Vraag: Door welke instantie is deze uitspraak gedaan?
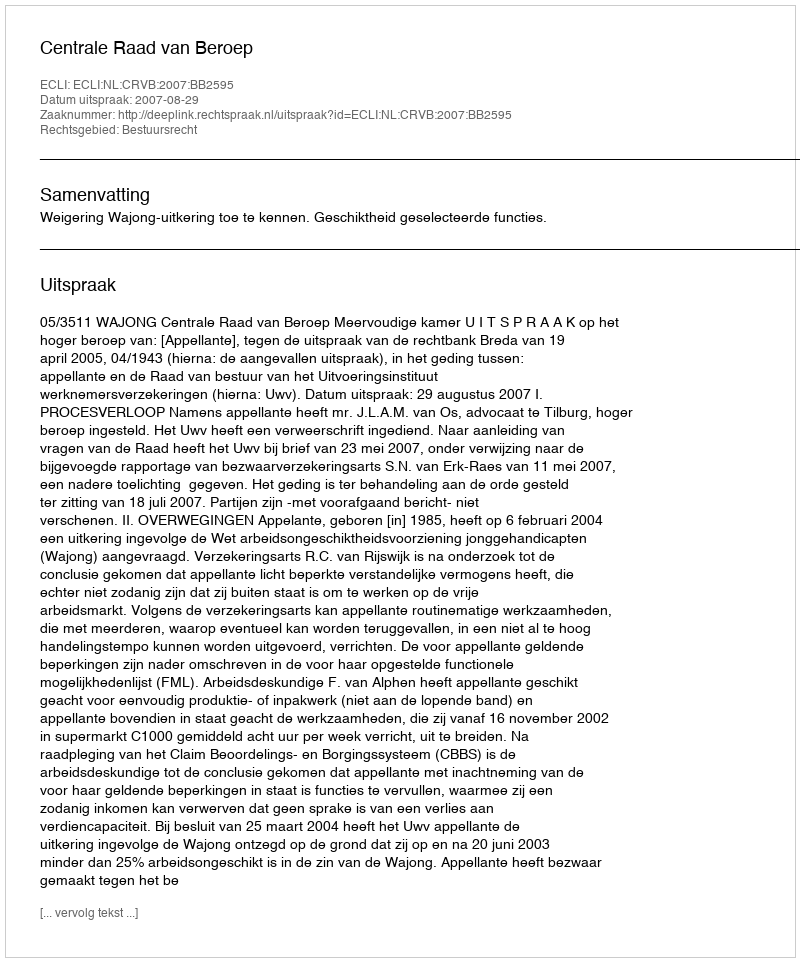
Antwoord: Centrale Raad van Beroep